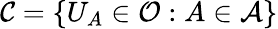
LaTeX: {\mathcal{C}}=\{ U_{A}\in{\mathcal{O}}:A\in{\mathcal{A}}\}